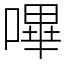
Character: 嗶